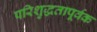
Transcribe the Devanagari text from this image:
परिशुद्धतापूर्वक